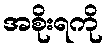
အစိုးရကို